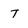
Character: T